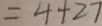
= 4 + 2 7